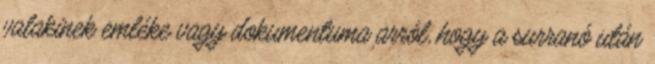
valakinek emléke vagy dokumentuma arról, hogy a surranó után